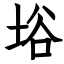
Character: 﨏